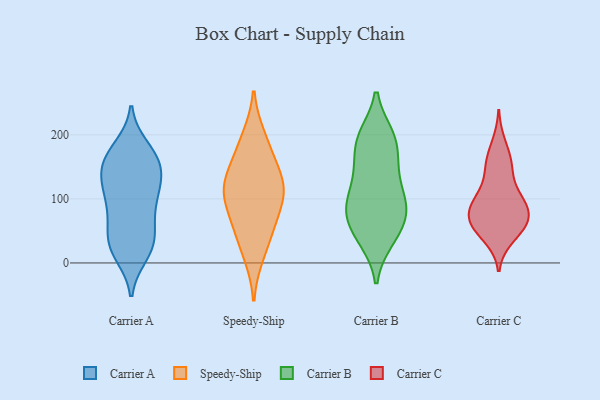
{"axis": {"x": "Gross Profit (USD K)", "y": "Value"}, "legend": ["Carrier A", "Carrier B", "Carrier C", "Speedy-Ship"], "data": [{"x": "", "y": 126, "type": "Carrier A"}, {"x": "", "y": 115, "type": "Carrier A"}, {"x": "", "y": 146, "type": "Carrier A"}, {"x": "", "y": 179, "type": "Carrier A"}, {"x": "", "y": 167, "type": "Carrier A"}, {"x": "", "y": 51, "type": "Carrier A"}, {"x": "", "y": 20, "type": "Carrier A"}, {"x": "", "y": 103, "type": "Carrier A"}, {"x": "", "y": 171, "type": "Carrier A"}, {"x": "", "y": 72, "type": "Carrier A"}, {"x": "", "y": 31, "type": "Carrier A"}, {"x": "", "y": 70, "type": "Carrier A"}, {"x": "", "y": 147, "type": "Carrier A"}, {"x": "", "y": 29, "type": "Carrier A"}, {"x": "", "y": 28, "type": "Carrier A"}, {"x": "", "y": 150, "type": "Carrier A"}, {"x": "", "y": 98, "type": "Carrier A"}, {"x": "", "y": 116, "type": "Carrier A"}, {"x": "", "y": 14, "type": "Carrier A"}, {"x": "", "y": 161, "type": "Carrier A"}, {"x": "", "y": 124, "type": "Speedy-Ship"}, {"x": "", "y": 194, "type": "Speedy-Ship"}, {"x": "", "y": 51, "type": "Speedy-Ship"}, {"x": "", "y": 136, "type": "Speedy-Ship"}, {"x": "", "y": 175, "type": "Speedy-Ship"}, {"x": "", "y": 100, "type": "Speedy-Ship"}, {"x": "", "y": 118, "type": "Speedy-Ship"}, {"x": "", "y": 15, "type": "Speedy-Ship"}, {"x": "", "y": 105, "type": "Speedy-Ship"}, {"x": "", "y": 61, "type": "Speedy-Ship"}, {"x": "", "y": 41, "type": "Carrier B"}, {"x": "", "y": 79, "type": "Carrier B"}, {"x": "", "y": 87, "type": "Carrier B"}, {"x": "", "y": 160, "type": "Carrier B"}, {"x": "", "y": 194, "type": "Carrier B"}, {"x": "", "y": 104, "type": "Carrier B"}, {"x": "", "y": 144, "type": "Carrier B"}, {"x": "", "y": 78, "type": "Carrier B"}, {"x": "", "y": 85, "type": "Carrier B"}, {"x": "", "y": 196, "type": "Carrier B"}, {"x": "", "y": 198, "type": "Carrier B"}, {"x": "", "y": 64, "type": "Carrier B"}, {"x": "", "y": 39, "type": "Carrier B"}, {"x": "", "y": 94, "type": "Carrier B"}, {"x": "", "y": 36, "type": "Carrier B"}, {"x": "", "y": 151, "type": "Carrier B"}, {"x": "", "y": 196, "type": "Carrier B"}, {"x": "", "y": 124, "type": "Carrier B"}, {"x": "", "y": 148, "type": "Carrier C"}, {"x": "", "y": 66, "type": "Carrier C"}, {"x": "", "y": 67, "type": "Carrier C"}, {"x": "", "y": 186, "type": "Carrier C"}, {"x": "", "y": 48, "type": "Carrier C"}, {"x": "", "y": 101, "type": "Carrier C"}, {"x": "", "y": 40, "type": "Carrier C"}, {"x": "", "y": 153, "type": "Carrier C"}, {"x": "", "y": 156, "type": "Carrier C"}, {"x": "", "y": 90, "type": "Carrier C"}, {"x": "", "y": 72, "type": "Carrier C"}, {"x": "", "y": 103, "type": "Carrier C"}, {"x": "", "y": 85, "type": "Carrier C"}, {"x": "", "y": 60, "type": "Carrier C"}, {"x": "", "y": 62, "type": "Carrier C"}, {"x": "", "y": 104, "type": "Carrier C"}]}